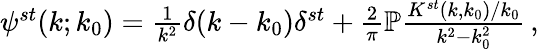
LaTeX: \begin{array}{r}{\psi^{st}(k;k_{0})=\frac{1}{k^{2}}\delta(k-k_{0})\delta^{st}+\frac{2}{\pi}\mathbb{P}\frac{K^{st}(k,k_{0})/k_{0}}{k^{2}-k_{0}^{2}}\, ,}\end{array}